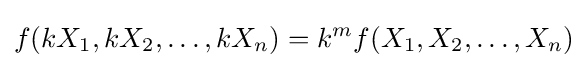
f(kX_{1},kX_{2},\dotsc ,kX_{n})=k^{m}f(X_{1},X_{2},\dotsc ,X_{n})